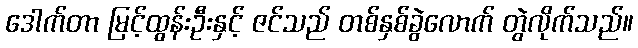
ဒေါက်တာ မြင့်ထွန်းဦးနှင့် ဇင်သည် တစ်နှစ်ခွဲလောက် တွဲလိုက်သည်။